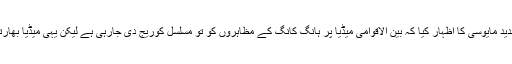
وزیر اعظم عمران خان نے اس موقعے پر خطاب کرتے ہوئے اس بات پر شدید مایوسی کا اظہار کیا کہ بین الاقوامی میڈیا پر ہانگ کانگ کے مظاہروں کو تو مسلسل کوریج دی جارہی ہے لیکن یہی میڈیا بھارتی مقبوضہ کشمیر میں انسانی حقوق کی کھلی خلاف ورزیوں پر خاموش ہے۔